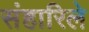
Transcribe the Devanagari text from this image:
संहारिले